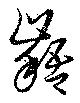
齬